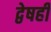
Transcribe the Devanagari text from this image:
द्वेषही